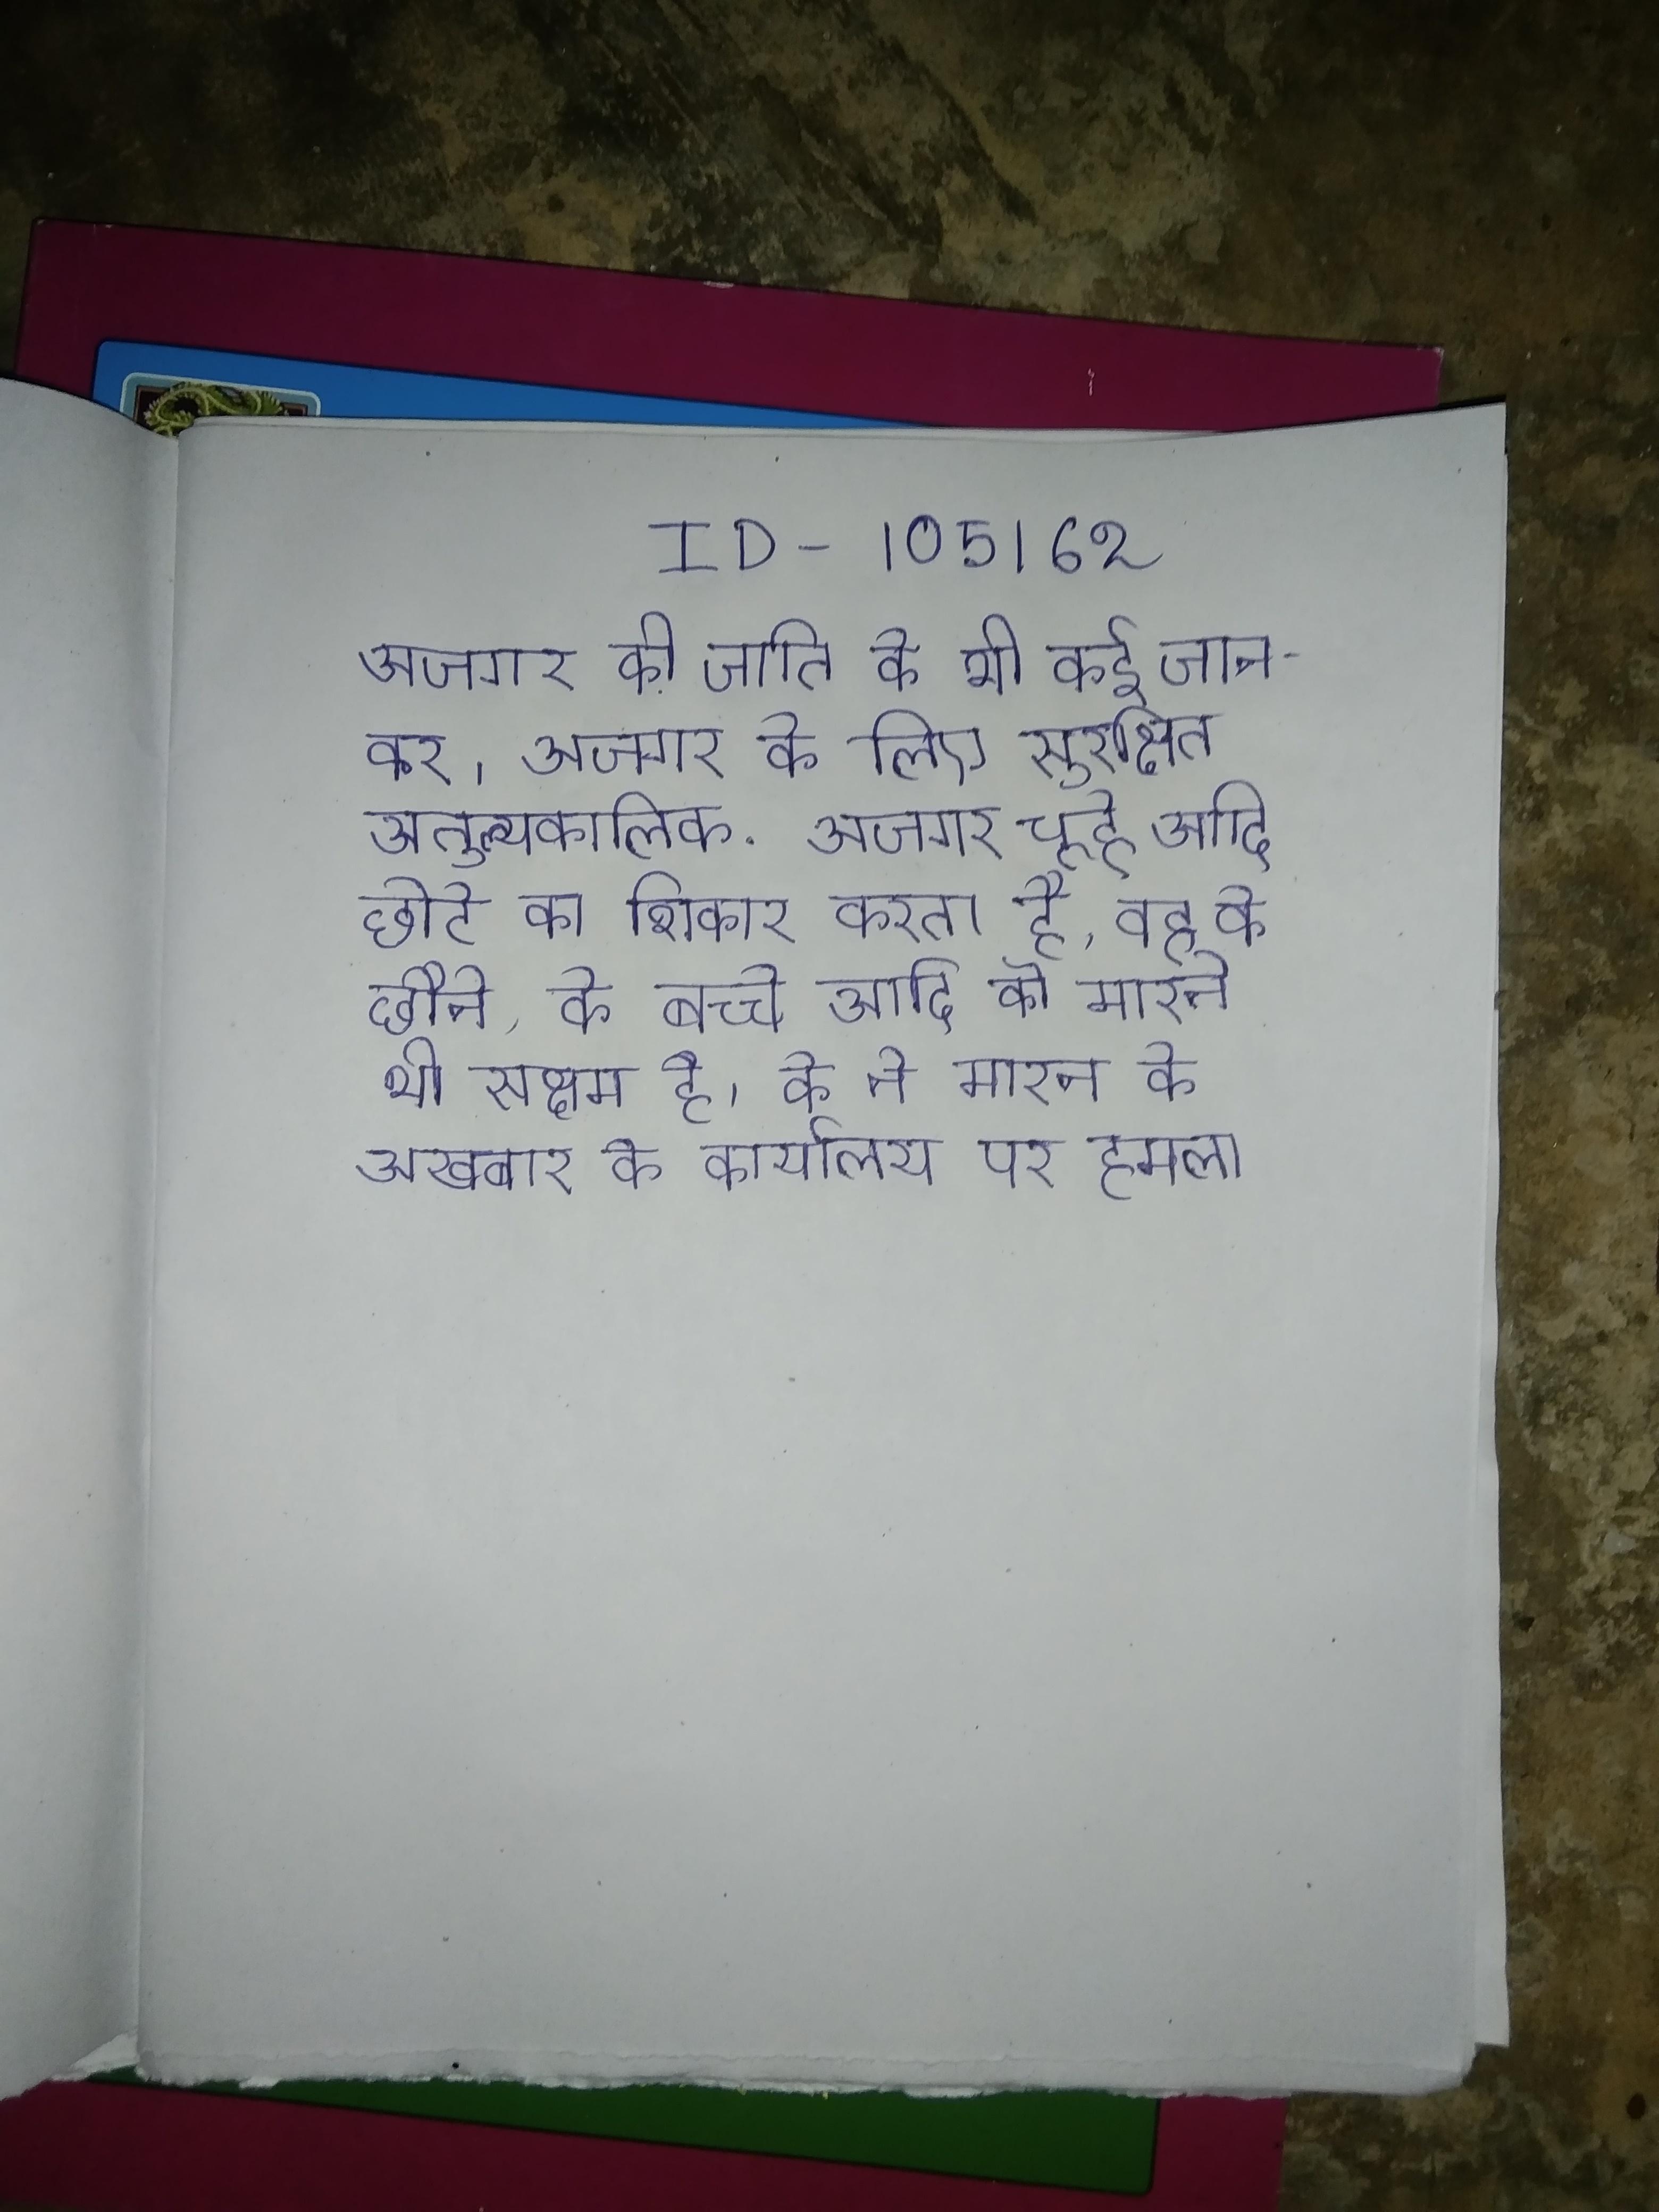
अजगर की जाति के भी कई जानवर । अजगर के लिए सुरक्षित अतुल्यकालिक . अजगर चूहे आदि छोटे का शिकार करता है, वह के छौने, के बच्चे आदि को मारने भी सक्षम है । के ने मारन के अखबार के कार्यालय पर हमला किया उसमे छपे एक सर्वेक्षण दावा किया गया था कि लोग की बजाय एम .